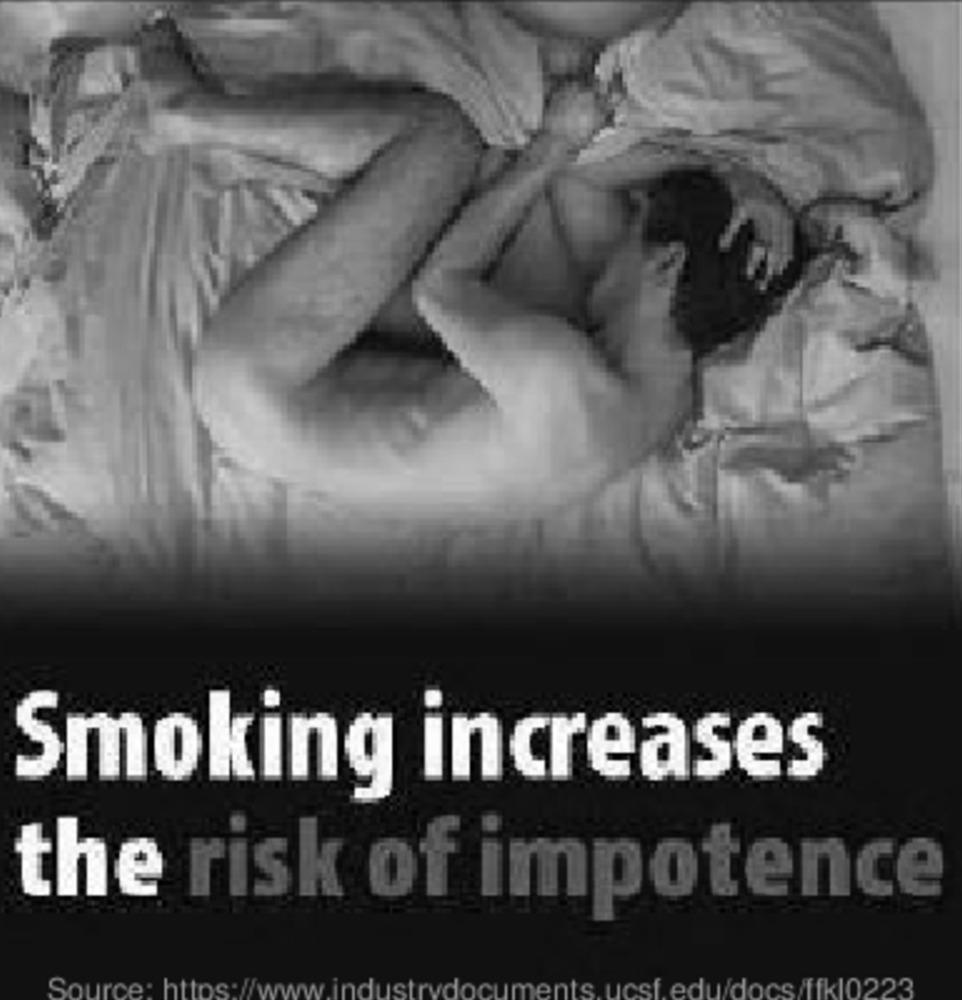
Smoking increases
the risk of impotence
cuments. ucsf.edu/docs/ffk10223
Source: https://